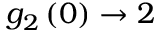
g _ { 2 } \left( 0 \right) \to 2